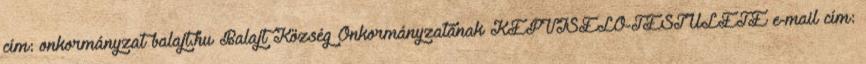
cím: onkormányzat balajt.hu Balajt Község Önkormányzatának KÉPVISELŐ-TESTÜLETE e-mail cím: